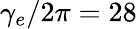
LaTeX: \gamma_{e}/2\pi=28